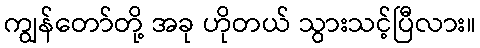
ကျွန်တော်တို့ အခု ဟိုတယ် သွားသင့်ပြီလား။